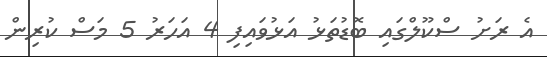
އެ ރަށު ސްކޫލްގައި ބޮޑުތަޅު އަޅުވައިފި 4 އަހަރު 5 މަސް ކުރިން